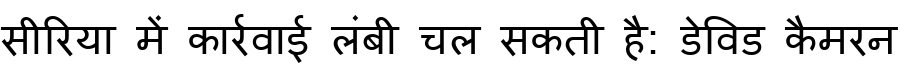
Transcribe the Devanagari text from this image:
सीरिया में कार्रवाई लंबी चल सकती है: डेविड कैमरन